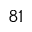
^ { 8 1 }